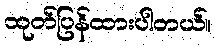
ထုတ်ပြန်ထားပါတယ်။